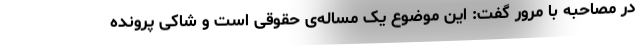
در مصاحبه با مرور گفت: این موضوع یک مساله‌ی حقوقی است و شاکی پرونده